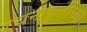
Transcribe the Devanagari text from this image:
रचनाकृतींच्या